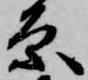
原